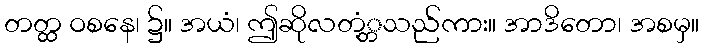
တတ္ထ ဝစနေ၊ ၌။ အယံ၊ ဤဆိုလတံ့္တသည်ကား။ အာဒိတော၊ အစမှ။